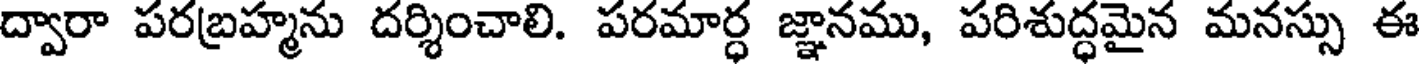
ద్వారా పరబ్రహ్మను దర్శించాలి. పరమార్ధ జ్ఞానము, పరిశుద్ధమైన మనస్సు ఈ